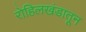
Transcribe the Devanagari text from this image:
रोहिलखंडातून